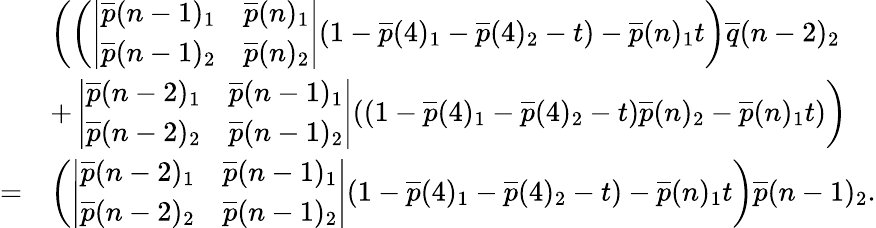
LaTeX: \begin{array}{rl}&{\left(\left(\left|\begin{array}{ll}{\overline{{p}}(n-1)_{1}}&{\overline{{p}}(n)_{1}}\\ {\overline{{p}}(n-1)_{2}}&{\overline{{p}}(n)_{2}}\end{array}\right|(1-\overline{{p}}(4)_{1}-\overline{{p}}(4)_{2}-t)-\overline{{p}}(n)_{1}t\right)\overline{{q}}(n-2)_{2}\right.}\\ &{\left.+\left|\begin{array}{ll}{\overline{{p}}(n-2)_{1}}&{\overline{{p}}(n-1)_{1}}\\ {\overline{{p}}(n-2)_{2}}&{\overline{{p}}(n-1)_{2}}\end{array}\right|((1-\overline{{p}}(4)_{1}-\overline{{p}}(4)_{2}-t)\overline{{p}}(n)_{2}-\overline{{p}}(n)_{1}t)\right)}\\ {=}&{\left(\left|\begin{array}{ll}{\overline{{p}}(n-2)_{1}}&{\overline{{p}}(n-1)_{1}}\\ {\overline{{p}}(n-2)_{2}}&{\overline{{p}}(n-1)_{2}}\end{array}\right|(1-\overline{{p}}(4)_{1}-\overline{{p}}(4)_{2}-t)-\overline{{p}}(n)_{1}t\right)\overline{{p}}(n-1)_{2}.}\end{array}